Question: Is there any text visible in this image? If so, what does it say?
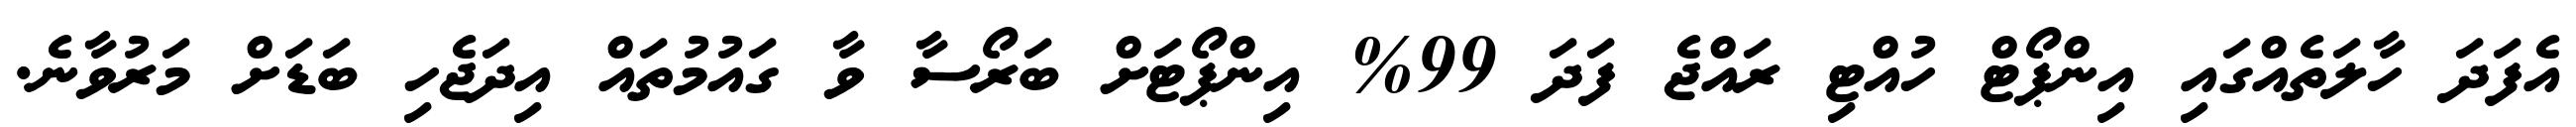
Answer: އެފަދަ ހާލަތެއްގައި އިންޕޯޓް ހުއްޓި ރައްޖެ ފަދަ 99% އިންޕޯޓަށް ބަރޯސާ ވާ ގައުމުތައް އިދަޖެހި ބަޑަށް މަރުވާނެ.